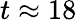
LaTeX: t\approx 18